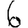
Digit: 6